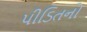
પીડિતનો